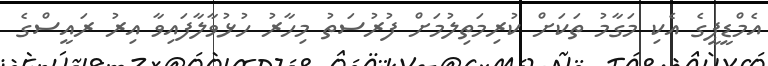
އެމްޑީޕީގެ އެކި މަގާމު ތަކަށް ކުރިމަތިލުމަށް ފުރުސަތު މިހާރު ހުޅުވާލާފައިވާ އިރު ރައީސްގެ